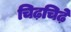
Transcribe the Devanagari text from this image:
चिढ़चिढ़े